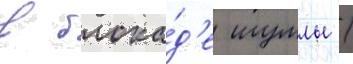
в блока́д'е шумлы /